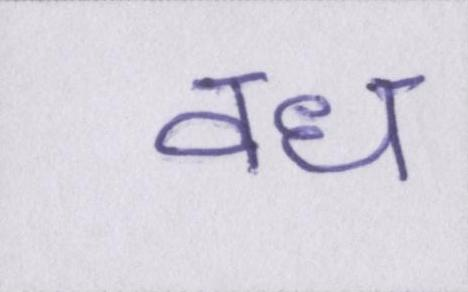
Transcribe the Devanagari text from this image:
वध